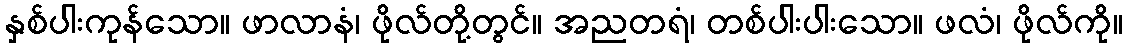
နှစ်ပါးကုန်သော။ ဖာလာနံ၊ ဖိုလ်တို့တွင်။ အညတရံ၊ တစ်ပါးပါးသော။ ဖလံ၊ ဖိုလ်ကို။